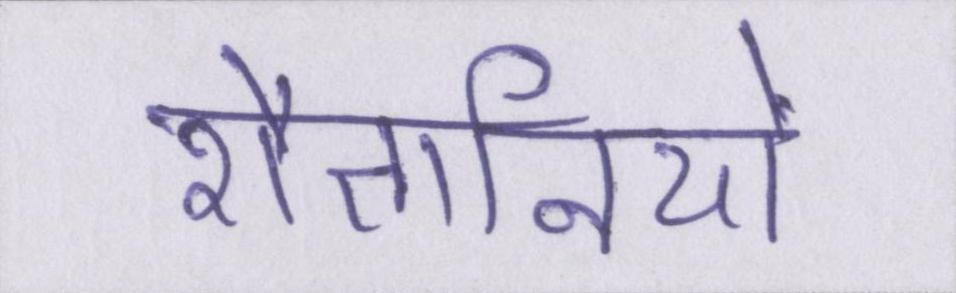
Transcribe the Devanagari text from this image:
शैतानियों